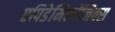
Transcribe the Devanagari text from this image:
एपिडेमिलॉजिक्स